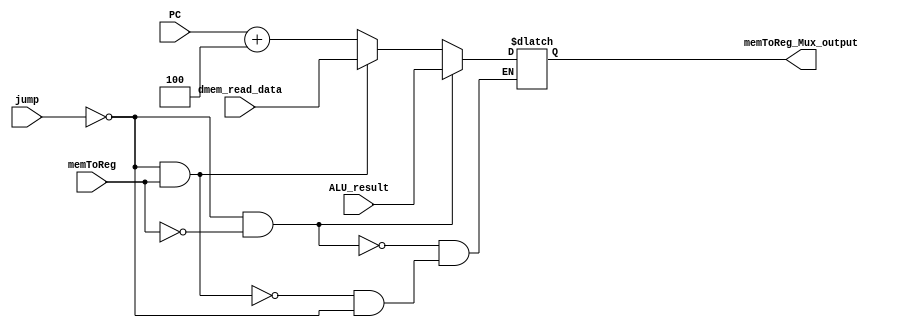
`timescale 1ns / 1ps
//////////////////////////////////////////////////////////////////////////////////
// Company: 
// Engineer: 
// 
// Design Name: 
// Module Name: memToReg_Mux
// Project Name: 
// Target Devices: 
// Tool Versions: 
// Description: 
// 
// Dependencies: 
// 
// Revision:
// Revision 0.01 - File Created
// Additional Comments:
// 
//////////////////////////////////////////////////////////////////////////////////


module memToReg_Mux(
    input [31 : 0] ALU_result,
    input [31 : 0] dmem_read_data,
    input [31 : 0] PC,
    input jump,
    input memToReg,
    output reg [31:0] memToReg_Mux_output
    );
    
    //assign memToReg_Mux_output = (memToReg == 1'b0) ? ALU_result : dmem_read_data;
    
    always@(*)
    begin
        if(jump == 1'b0 && memToReg == 1'b0)
        begin
            memToReg_Mux_output <= ALU_result;
        end
        
        else if(jump == 1'b0 && memToReg == 1'b1)
        begin
            memToReg_Mux_output <= dmem_read_data;
        end
        
        else if(jump == 1'b1)
        begin
            memToReg_Mux_output <= PC + 4;
        end
    end
    
endmodule